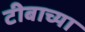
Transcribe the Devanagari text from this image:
टीबाच्या